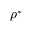
\rho ^ { * }